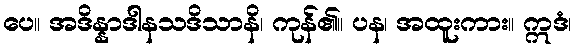
ပေ။ အဒိန္နာဒါနသဒိသာနိ၊ ကုန်၏။ ပန၊ အထူးကား။ ဣဒံ၊